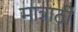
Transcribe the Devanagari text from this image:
मात्राठी